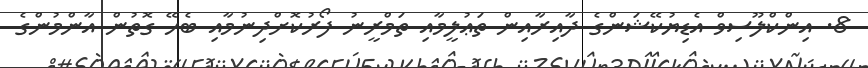
8. އިންކްލޫސިވް އެޑިޔުކޭޝަންގެ ދާއިރާއިން ތަޢުލީމާއި ތަމްރީނު ފޯރުކޮށްދިނުމާއި ބެހޭ ގޮތުން އާންމުންގެ